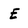
Character: E